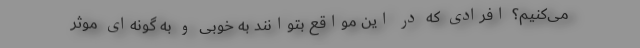
می‌کنیم؟ افرادی که در این مواقع بتوانند به خوبی و به گونه‌ای موثر